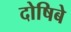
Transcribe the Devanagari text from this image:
दोषिबे